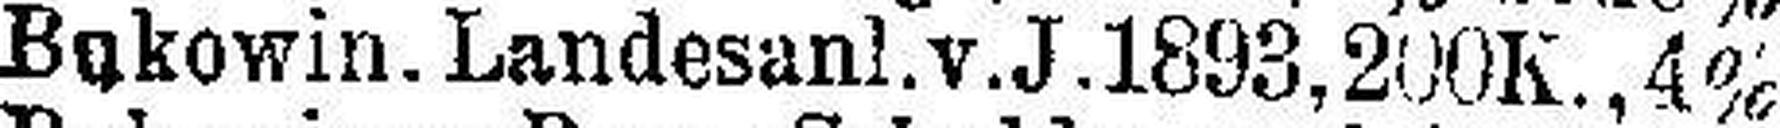
Bukowin. Landesanl.v.J. 1893, 200K., 4%